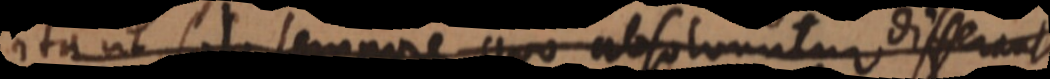
ita ut solo tempore quo absolvuntur differa